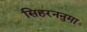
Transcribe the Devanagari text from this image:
सिहरननुमा